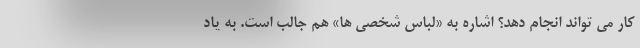
کار می تواند انجام دهد؟ اشاره به «لباس شخصی ها» هم جالب است. به یاد